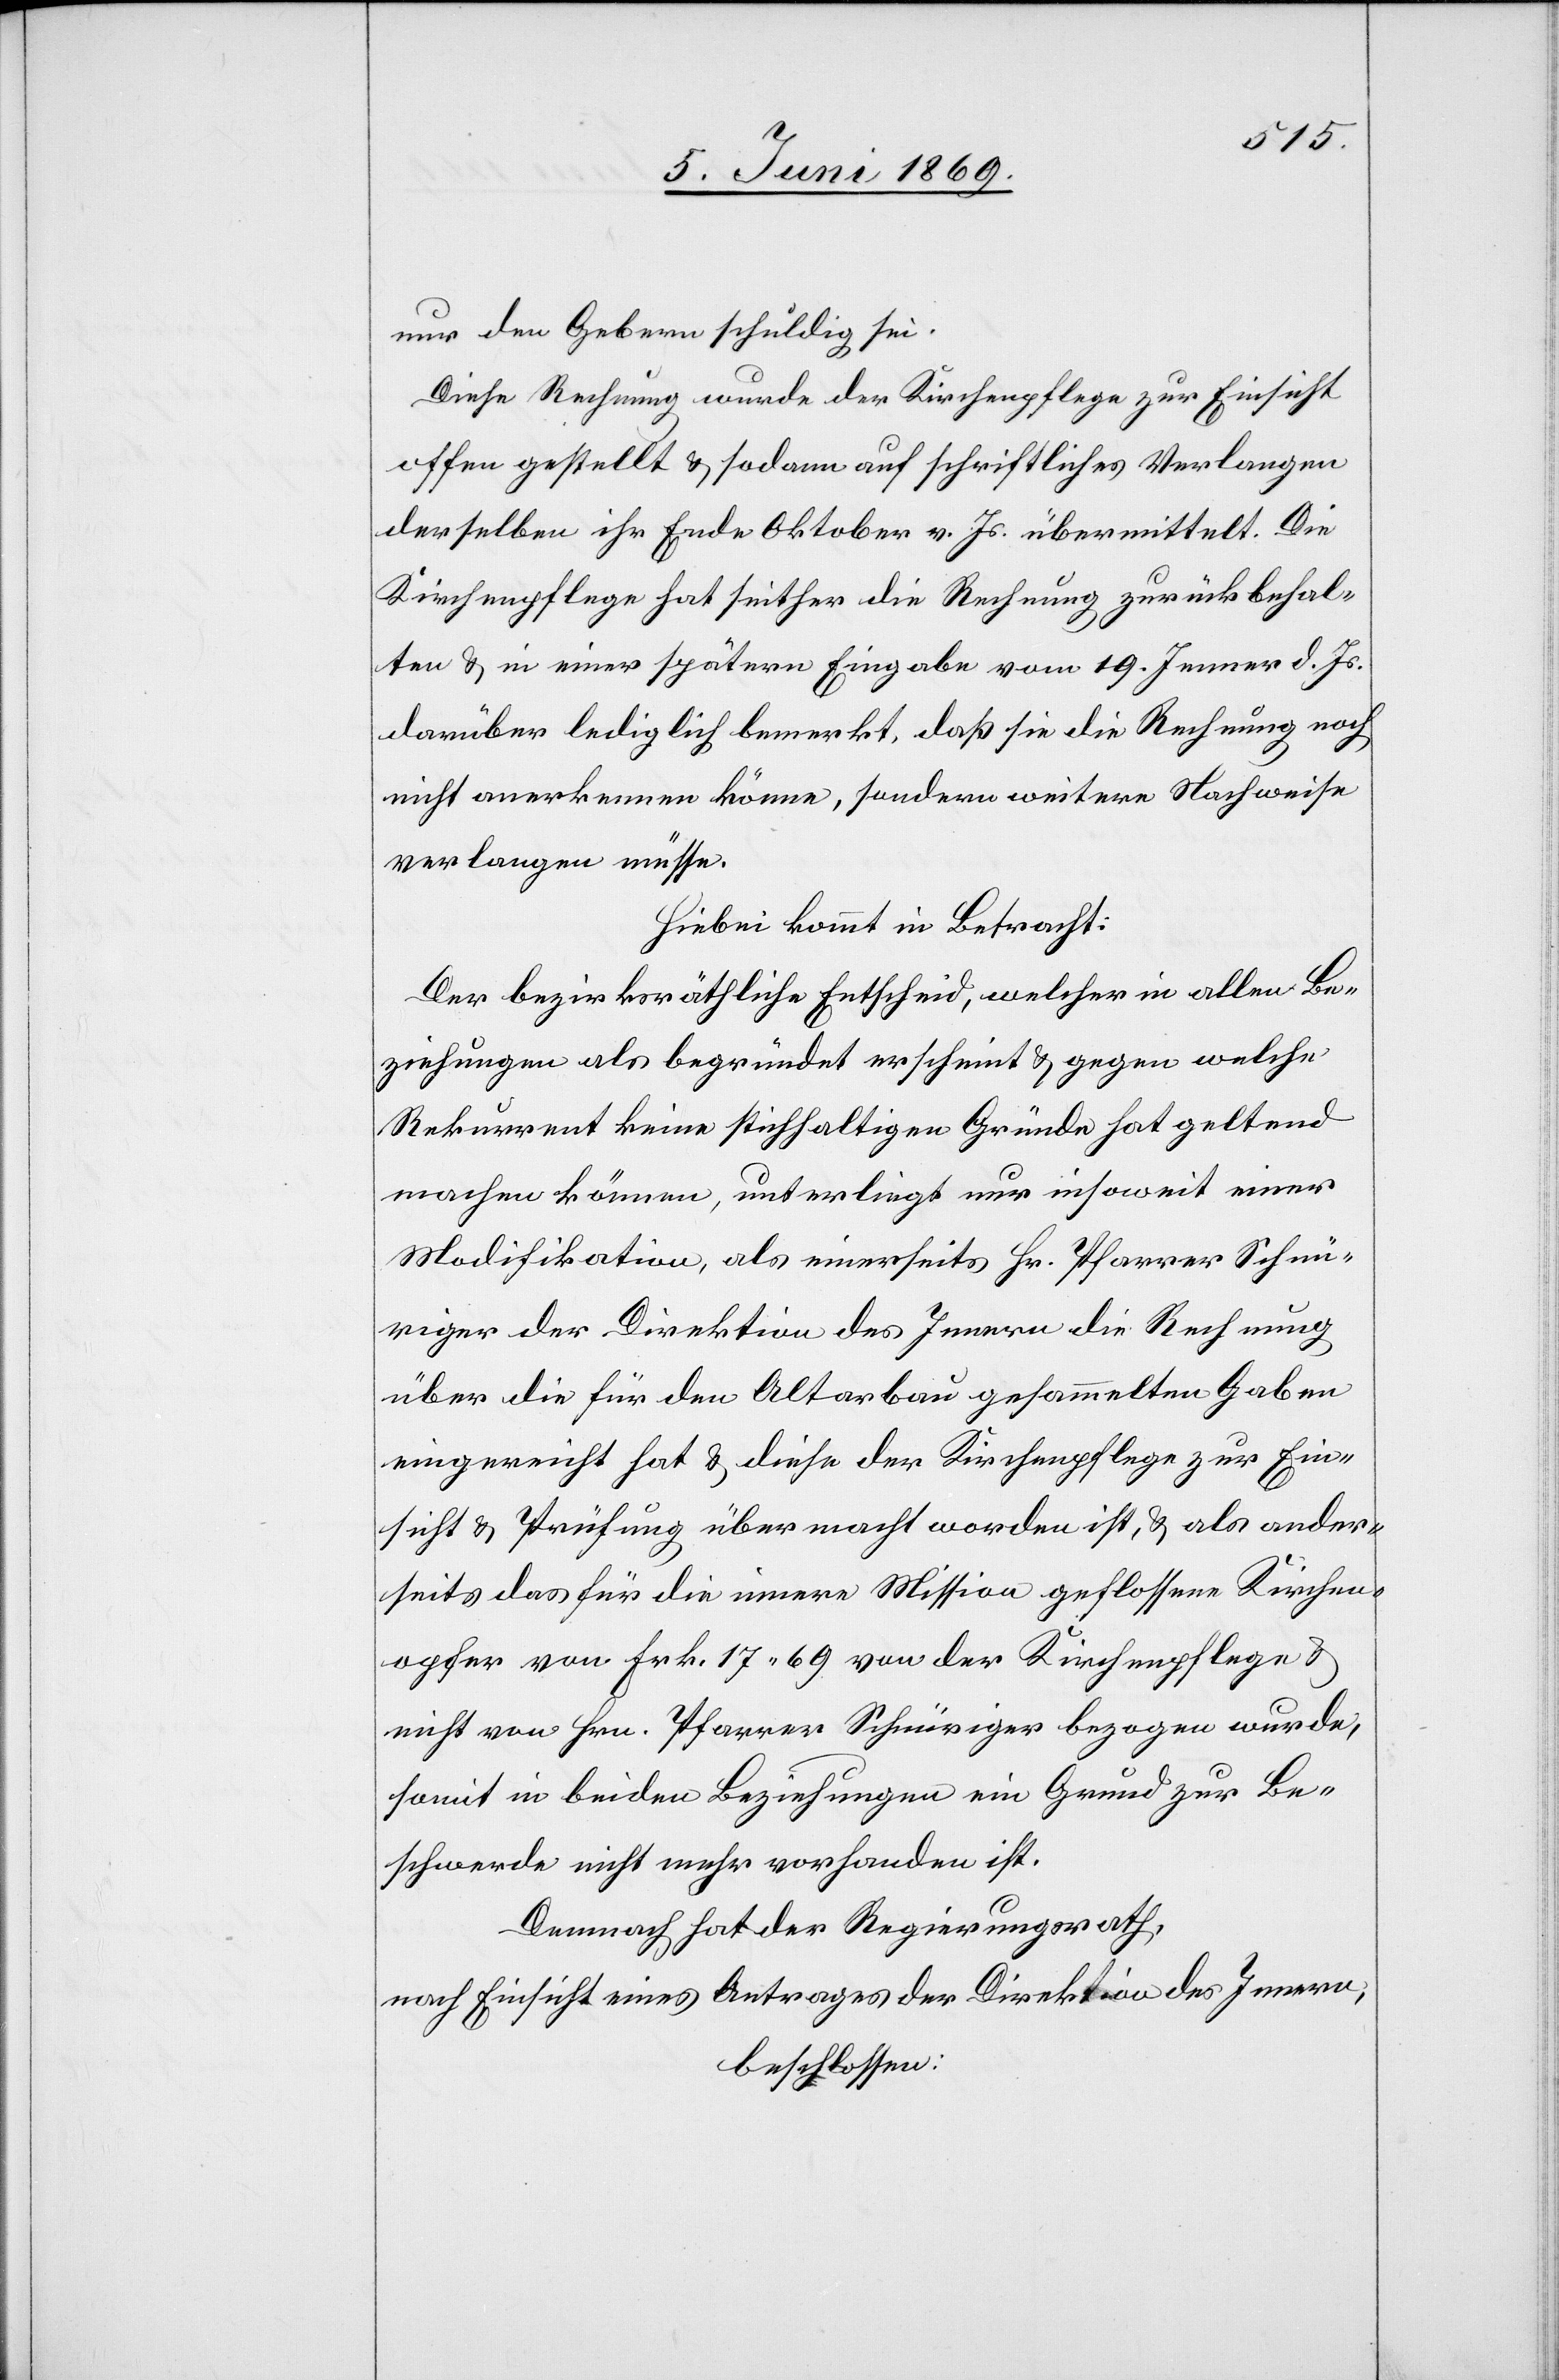
nur den Gebern schuldig sei.
Diese Rechnung wurde der Kirchenpflege zur Einsicht
offen gestellt u. sodann auf schriftliches Verlangen
derselben ihr Ende Oktober v. Js. übermittelt. Die
Kirchenpflege hat seither die Rechnung zurückbehal¬
ten u. in einer spätern Eingabe vom 19 Jenner d. Js.
darüber lediglich bemerkt, daß sie die Rechnung noch
nicht anerkennen könne, sondern weitere Nachweise
verlangen müsse.
Hiebei kommt in Betracht.
Der bezirksräthliche Entscheid, welcher in allen Be¬
ziehungen als begründet erscheint u. gegen welche
Rekurrent keine stichhaltigen Gründe hat geltend
machen können, unterliegt nur insoweit einer
Modifikation, als einerseits Hr. Pfarrer Schnü¬
riger der Direktion des Innern die Rechnung
über die für den Altarbau gesammelten Gaben
eingereicht hat u. diese der Kirchenpflege zur Ein¬
sicht u. Prüfung übermacht worden ist, u. als ander¬
seits des für die innere Mission geflossene Kirchen¬
opfer von Frk. 17.69 von der Kirchenpflege u.
nicht von Hrn. Pfarrer Schnüriger bezogen wurde,
somit in beiden Beziehungen ein Grunde zur Be¬
schwerde nicht mehr vorhanden ist.
Demnach hat der Regierungsrath,
nach Einsicht eines Antrages der Direktion des Innern,
beschlossen: